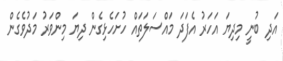
އަދި ބުނީ މިދިޔަ އަހަރު އެފަދަ މައްސަލަތައް ހުށަހެޅިގެން ދިޔަ މިންވަރު މަދުވެގެން